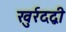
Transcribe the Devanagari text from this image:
खुर्रदद्बी